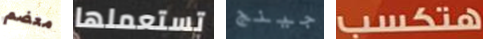
معضم تستعملها جينج هتكسب